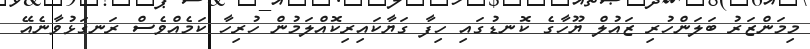
މިމަންޒަރު ބަލަންހުރި ޒައުލް ޔޫހާގެ ކޮނޑުގައި ހިފާ ގަޔާކައިރިކޮއްލަމުން ހުރިހާ ކަމެއްވެސް ރަނގަޅުވާނެއޭ